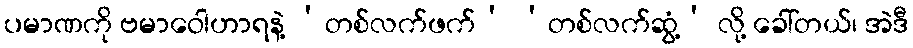
ပမာဏကို ဗမာဝေါဟာရနဲ့ ‘တစ်လက်ဖက်’ ‘တစ်လက်ဆွံ့’ လို့ ခေါ်တယ်၊ အဲဒီ